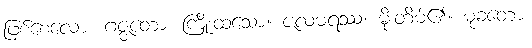
ဖြစ်စေလော။ ဂဇ္ဇတော၊ ကြိုးထသော။ ဇလဓရဿ၊ မိုးတိမ်၏။ မုခတော၊